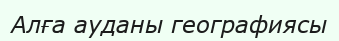
Алға ауданы географиясы